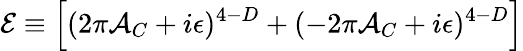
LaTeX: {\cal E}\equiv\Bigl[(2\pi{\cal A}_{C}+i\epsilon)^{4-D}+(-2\pi{\cal A}_{C}+i\epsilon)^{4-D}\Bigr]